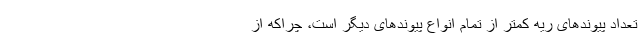
تعداد پیوندهای ریه کمتر از تمام انواع پیوندهای دیگر است،‌ چراکه از